Vaccine operations Central Provinces 1900-1911 - 1900-1911
Year: 1900
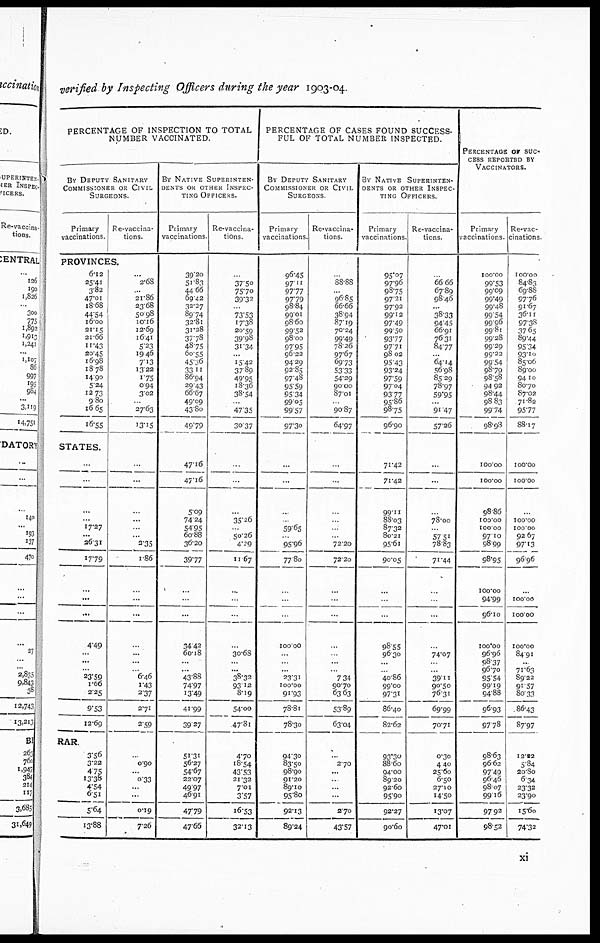
verified by Inspecting Officers during the year 1903-04.
PERCENTAGE OF INSPECTION TO TOTAL
NUMBER VACCINATED.
BY DEPUTY SANITARY
COMMISSIONER OR CIVIL
SURGEONS
Primary
vaccinations.
Re-vaccina¬
tions
PROVINCES.
6.12
25.41
3.82
47.01
18.68
44.54
16.00
21.15
21.66
11.43
20.45
16.98
18.78
14.90
5.24
12.73
9.80
16.65
16.55
STATES.
...
...
...
...
17.27
...
26.31
17.79
...
...
...
4.49
...
...
...
23.59
1.66
2.25
9.53
12.69
RAR.
3.56
3.22
4.75
13.38
4.54
6.51
5.64
13.88
...
2.68
...
21.86
23.68
50.98
10.16
12.69
16.41
5.23
19.46
713
13.22
1.75
0.94
3.02
...
27.63
13.15
...
...
...
...
...
..
2.35
1.86
...
...
...
...
...
...
...
6.46
1.43
2.37
2.71
2.59
...
0.90
...
0.33
...
...
0.19
7.26
BY NATIVE SUPERINTEN-
DENTS OR OTHER INSPEC-
TING OFFICERS.
Primary
vaccinations
39.20
51.83
44.66
69.42
32.27
89.74
32.81
31.28
37.78
48.75
60.55
45.36
33.11
86.94
29.43
66.67
49.09
43.80
49.79
47.16
47.16
5.09
74.24
54.95
60.88
36.20
39.77
...
...
...
34.42
60.18
...
...
43.88
74.97
13.49
41.99
39.27
51.31
56.27
54.67
22.07
49.97
46.91
47.79
47.66
Re-vaccina¬
tions
...
37.50
75.70
39.32
...
73.53
17.38
20.59
39. 98
31.34
...
15.42
37.89
49.95
18.36
38.54
...
47.35
30.37
...
...
...
35.26
...
50.26
4.29
11. 67
...
...
...
...
30.68
...
...
38.32
93.12
8.19
54.00
47.81
4.70
18.54
43.53
21.32
7.01
3.57
16.53
32.13
PERCENTAGE OF CASES FOUND SUCCESS-
FUL OF TOTAL NUMBER INSPECTED
BY DEPUTY SANITARY
COMMISSIONER OR CIVIL
SURGEONS
Primary
vaccinations
96.45
97.11
97.77
97.79
98.84
99.01
98.60
99.52
98.00
97.95
96.22
94.29
92.85
97.48
95.59
95.34
99.05
99.57
97.30
...
...
...
...
59.65
...
95.96
77. 80
...
...
...
100.00
...
...
...
23.31
100.00
91.93
78.81
78.30
94.30
83.50
98.90
91.20
89.10
95.80
92.13
89.24
Re-vaccina¬
tions.
...
88.88
...
96.85
66.66
38.94
87.19
70.24
99.49
78.26
97.67
69.73
53.33
54.29
90.00
87.01
...
90.87
64.97
...
...
...
...
...
...
72.20
72.20
...
...
...
...
...
...
...
7.34
90.70
63.63
53.89
63.04
...
2.70
...
...
...
...
2.70
43.57
BY NATIVE SUPERINTEN-
DENTS OR OTHER INSPEC-
TING OFFICERS.
Primary
vaccinations.
95.07
97.96
98.75
97.21
97.92
99.12
97.49
99.50
93.77
97.71
98.02
95.43
93.24
97.59
97.04
93.77
95.86
98.75
96.90
71.42
71.42
99.11
88.03
87.32
80.21
95 61
90.05
...
...
...
98.55
96.30
...
...
40.86
99.00
97.31
86.40
82.62
93.30
88.60
94.00
89.20
92.60
95.90
92.27
90.60
Re-vaccina-
tions
...
66.66
67.89
98.46
...
38.33
94.45
66.91
76.31
84.77
...
64.14
56.98
85.29
78.97
59.95
...
91.47
57.26
...
...
...
78.00
...
57.51
78.83
71.44
...
...
...
...
74.07
...
...
39.11
90.50
76.31
69.99
70.71
0.30
4.40
25.60
6.50
27.10
14.50
13.07
47.01
PERCENTAGE OF SUC-
CESS REPORTED BY
VACCINATORS.
Primary
vaccinations
100.00
99.53
99.09
99.49
99.48
99.54
99.96
99.81
99.28
99.29
99.22
99.54
98.79
98.58
94.92
98.44
98.83
99.74
98.98
100.00
100.00
98.86
100.00
100.00
97.10
98.99
98.95
100.00
94.99
96.10
100.00
96.96
98.37
96.70
95.54
99.19
94.88
96.93
97.78
98.63
96.62
97.49
96.46
98.07
99.16
97.92
98.52
Re-vac¬
cinations
100.00
84.83
69.88
97.76
91.67
36.11
97.38
37.65
89.44
95.34
93.10
85.06
89.00
94.10
80.70
87.02
71.82
95.77
88.17
100.00
100.00
...
100.00
100.00
92.67
97.13
96.96
...
100.00
100.00
100.00
84.91
...
71.63
89.22
91.57
80.33
86.43
87.97
12.22
5.84
20.80
6.34
23.32
23.90
15.60
74.32
xi